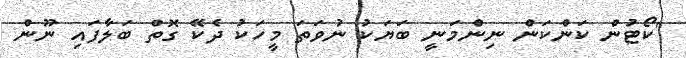
"ކޯޓުން ކަންކަން ނިންމަނީ ބަޔަކު ނުވަތަ މީހަކު ދެކޭ ގޮތް ބަލާފައި ނޫން